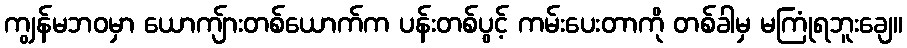
ကျွန်မဘဝမှာ ယောကျ်ားတစ်ယောက်က ပန်းတစ်ပွင့် ကမ်းပေးတာကို တစ်ခါမှ မကြုံရဘူးချေ။